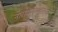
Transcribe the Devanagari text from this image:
नारायणमहाराज